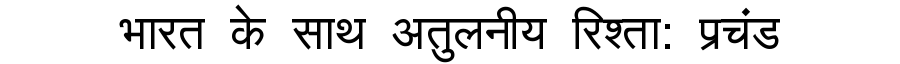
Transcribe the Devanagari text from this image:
भारत के साथ अतुलनीय रिश्ता: प्रचंड